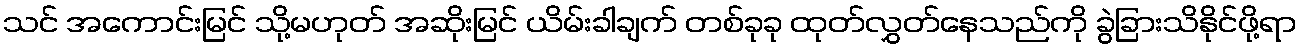
သင် အကောင်းမြင် သို့မဟုတ် အဆိုးမြင် ယိမ်းခါချက် တစ်ခုခု ထုတ်လွှတ်နေသည်ကို ခွဲခြားသိနိုင်ဖို့ရာ